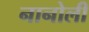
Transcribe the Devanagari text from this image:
नानोली